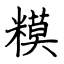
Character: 糢